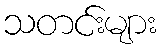
သတင်းများ